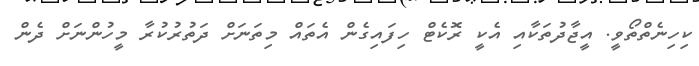
ކިހިނެތްތޯވީ. އީޖާދުތަކާއި އެކީ ރޮކެޓް ހިފައިގެން އެތައް މިތަނަށް ދަތުރުކުރާ މީހުންނަށް ދެން